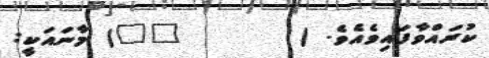
ކުރައްވާފައިވެއެވެ. (       ٥٢) މާނައަކީ: